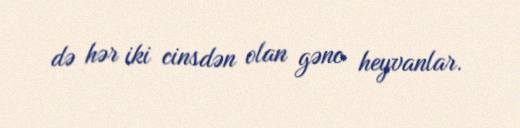
də hər iki cinsdən olan gənc heyvanlar.